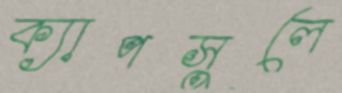
ক্যাপসুলে